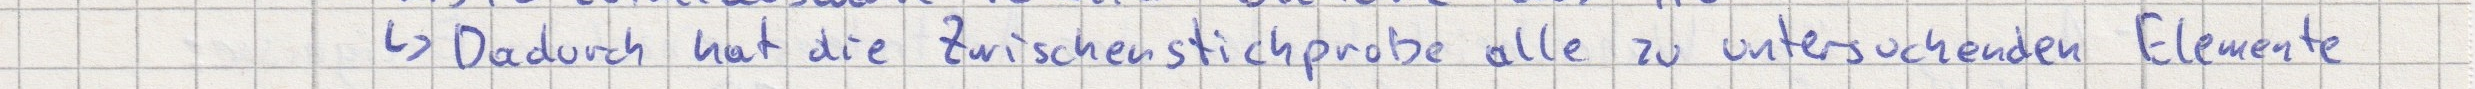
-> Dadurch hat die Zwischenstichprobe alle zu untersuchenden Elemente